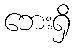
ဘေးရှိ